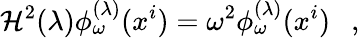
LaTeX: \mathcal{H}^{2}(\lambda)\phi_{\omega}^{(\lambda)}(x^{i})=\omega^{2}\phi_{\omega}^{(\lambda)}(x^{i})~~~,